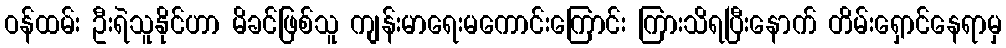
ဝန်ထမ်း ဦးရဲသူနိုင်ဟာ မိခင်ဖြစ်သူ ကျန်းမာရေးမကောင်းကြောင်း ကြားသိရပြီးနောက် တိမ်းရှောင်နေရာမှ